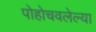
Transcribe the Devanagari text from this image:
पोहोचवलेल्या